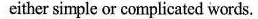
either simple or complicated words.